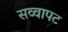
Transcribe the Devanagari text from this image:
सव्वापट